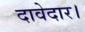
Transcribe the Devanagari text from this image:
दावेदार।